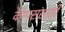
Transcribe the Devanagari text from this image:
कॅम्पससाठी